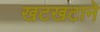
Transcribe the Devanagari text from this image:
खटखटाने